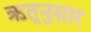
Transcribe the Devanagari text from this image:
ऋतूनुसार